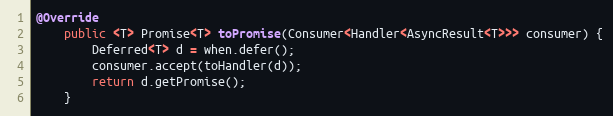
Language: Java
@Override
    public <T> Promise<T> toPromise(Consumer<Handler<AsyncResult<T>>> consumer) {
        Deferred<T> d = when.defer();
        consumer.accept(toHandler(d));
        return d.getPromise();
    }